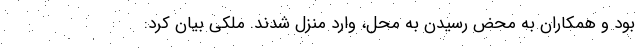
بود و همکاران به محض رسیدن به محل، وارد منزل شدند. ملکی بیان کرد: